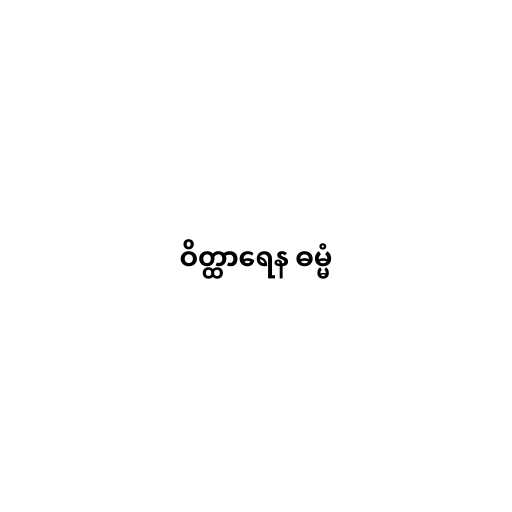
ဝိတ္ထာရေန ဓမ္မံ